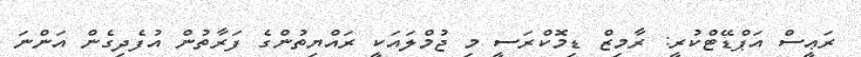
ރަޢީސް އަޕްޑޭޓްކުރީ: ރާމިޒް ޑިމޮކްރަސީ މި ޖުމްލައަކީ ރައްޔިތުންގެ ފަރާތުން އުފެދިގެން އަންނަ